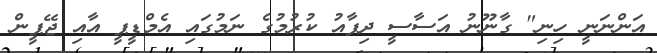
އަންނަނީ ހިނި" ގާނޫނު އަސާސީ ދިފާއު ކުރުމުގެ ނަމުގައި އެމްޑީޕީ އާއި ޖޭޕީން